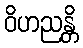
ဝိဟညန္တိ